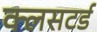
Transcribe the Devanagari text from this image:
क्लसटर्ड